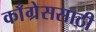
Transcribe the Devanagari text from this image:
काँग्रेससाठी